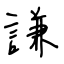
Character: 謙